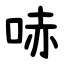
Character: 哧